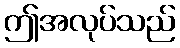
ဤအလုပ်သည်